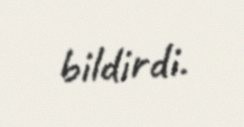
bildirdi.